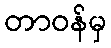
တာဝန်မှ